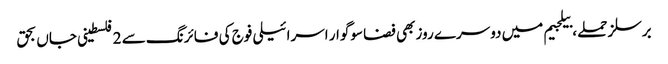
برسلز حملے، بیلجیم میں دوسرے روز بھی فضا سوگوار اسرائیلی فوج کی فائرنگ سے 2 فلسطینی جاں بحق